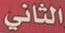
الثاني